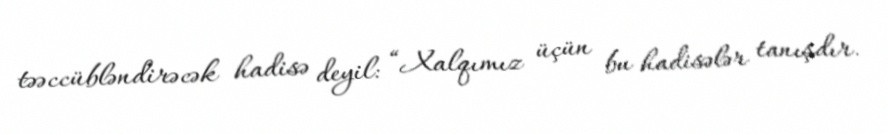
təəccübləndirəcək hadisə deyil: “Xalqımız üçün bu hadisələr tanışdır.